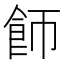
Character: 𬲌